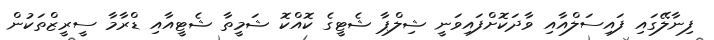
ފިނާލޭގައި ފައިސަލްއާއި ވާދަކޮށްފައިވަނީ ޝިލްޕާ ޝެޓީގެ ކޮއްކޮ ޝަމީތާ ޝެޓީއާއި ޑްރާމާ ސީރީޒްތަކުން